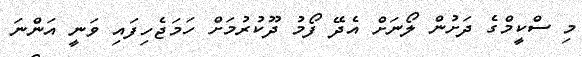
މި ސްކީމްގެ ދަށުން ލޯނަށް އެދޭ ފޯމު ދޫކުރުމަށް ހަމަޖެހިފައި ވަނީ އަންނަ